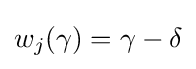
w_{j}(\gamma )=\gamma -\delta